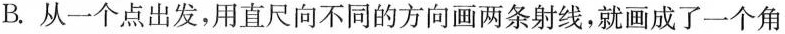
B.从一个点出发，用直尺向不同的方向画两条射线，就画成了一个角